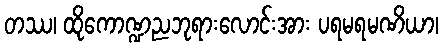
တဿ၊ ထိုကောဏ္ဍညဘုရားလောင်းအား ပရမရမဏိယာ၊